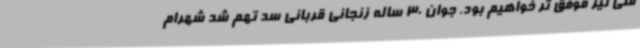
ملی نیز موفق تر خواهیم بود. جوان 30 ساله زنجانی قربانی سد تهم شد شهرام